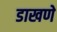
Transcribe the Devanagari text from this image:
डाखणे